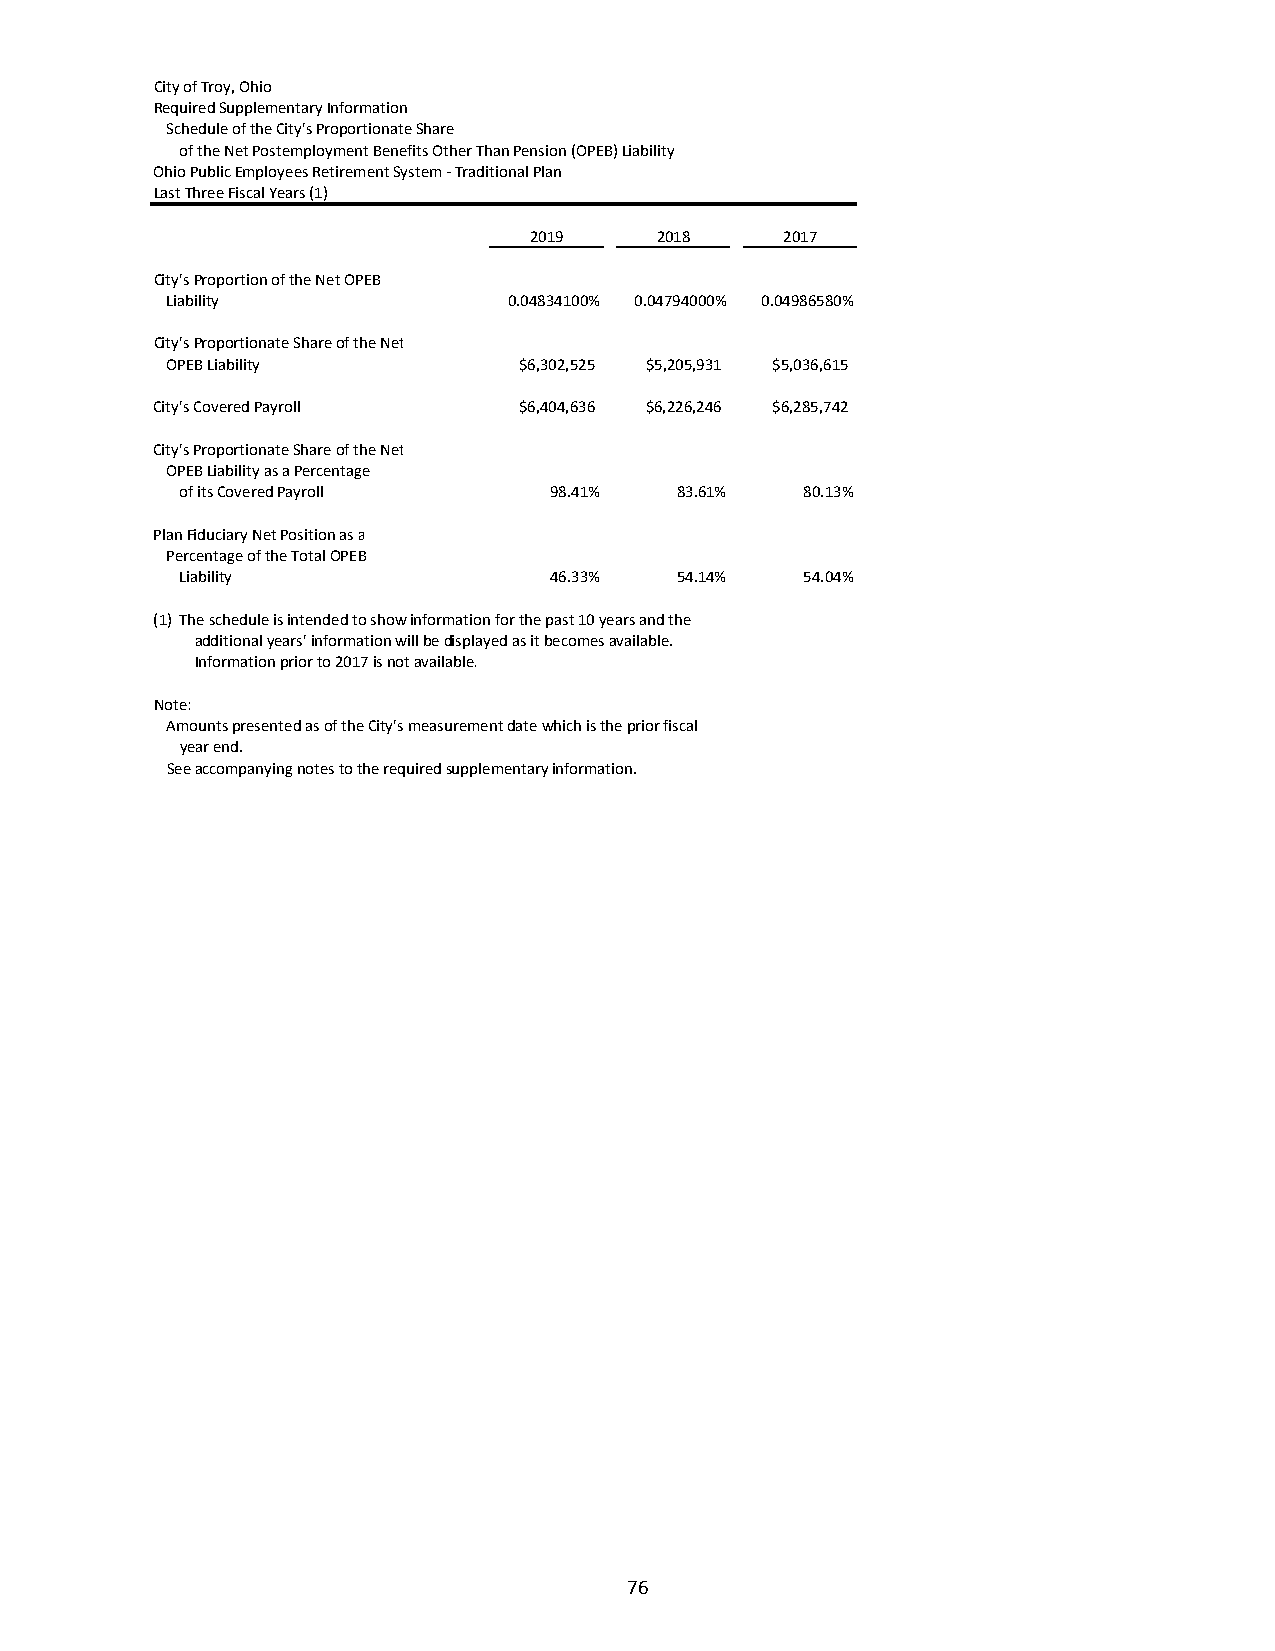
City of Troy, Ohio
 Required Supplementary Information
 Schedule of the City's Proportionate Share
 of the Net Postemployment Benefits Other Than Pension (OPEB) Liability
 Ohio Public Employees Retirement System ‐ Traditional Plan
 Last Three Fiscal Years (1)
 2019    2018     2017
 City's Proportion of the Net OPEB
 Liability              0.04834100% 0.04794000% 0.04986580%
 City's Proportionate Share of the Net
 OPEB Liability         $6,302,525 $5,205,931 $5,036,615
 City's Covered Payroll  $6,404,636 $6,226,246 $6,285,742
 City's Proportionate Share of the Net
 OPEB Liability as a Percentage
 of its Covered Payroll  98.41%   83.61%  80.13%
 Plan Fiduciary Net Position as a
 Percentage of the Total OPEB
 Liability               46.33%   54.14%  54.04%
 (1) The schedule is intended to show information for the past 10 years and the
 additional years' information will be displayed as it becomes available.
 Information prior to 2017 is not available.
 Note:
 Amounts presented as of the City's measurement date which is the prior fiscal
 year end.
 See accompanying notes to the required supplementary information.
 76